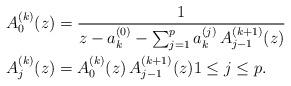
LaTeX: \begin{align*}\begin{aligned}A_{0}^{(k)}(z) & =\frac{1}{z-a_{k}^{(0)}-\sum_{j=1}^{p}a_{k}^{(j)}\,A_{j-1}^{(k+1)}(z)}\\A_{j}^{(k)}(z) & =A_{0}^{(k)}(z)\,A^{(k+1)}_{j-1}(z)1\leq j\leq p.\end{aligned}\end{align*}